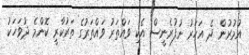
އުމުރުން ދެ އަހަރު ނުފުރެނީސް އެކި ވައްތަރު ވައްތަރުގެ ތަރުކާރީ ކޮންމެ ދުވަހަކު